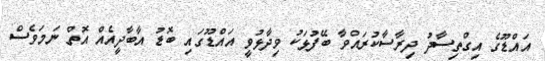
އައްޑޫގެ އިގްތިސާދު ދިރާސާކުރައްވާ ބޭފުޅަކު ވިދާޅުވީ އައްޑޫގައި ބޮޑު އާބާދީއެއް އޮތް ނަމަވެސް